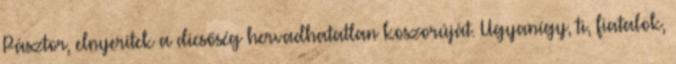
Pásztor, elnyeritek a dicsőség hervadhatatlan koszorúját. Ugyanígy, ti, fiatalok,